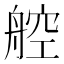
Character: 𬜖